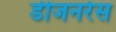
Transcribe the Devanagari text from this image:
डीजनरेस